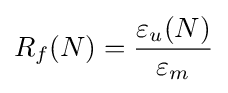
R_{f}(N)={\frac {\varepsilon _{u}(N)}{\varepsilon _{m}}}